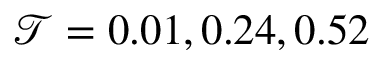
\mathcal { T } = 0 . 0 1 , 0 . 2 4 , 0 . 5 2